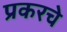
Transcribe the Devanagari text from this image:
प्रकरचे